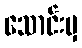
သောင်းမှ